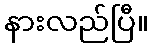
နားလည်ပြီ။